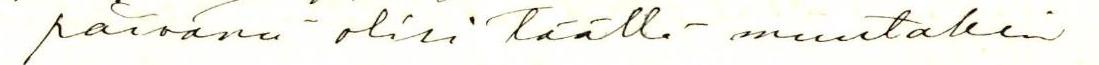
päivänä olisi täällä muutakin